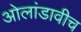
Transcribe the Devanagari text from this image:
ओलांडावीच